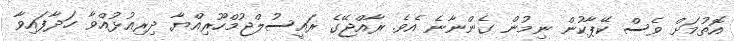
އޮތުމަށް ވެސް ކޭޕާކުން ނިމުން ގެންނާނެ އެވެ. ރާއްޖޭގެ ރައީސުލްޖުމްހޫރިއްޔާ ދިރިއުޅުއްވާ ހަދާފައިވާ